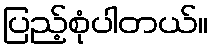
ပြည့်စုံပါတယ်။